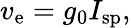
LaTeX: v_{\mathrm{e}}=g_{0}I_{\mathrm{sp}},